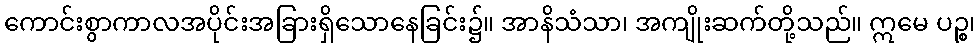
ကောင်းစွာကာလအပိုင်းအခြားရှိသောနေခြင်း၌။ အာနိသံသာ၊ အကျိုးဆက်တို့သည်။ ဣမေ ပဉ္စ၊